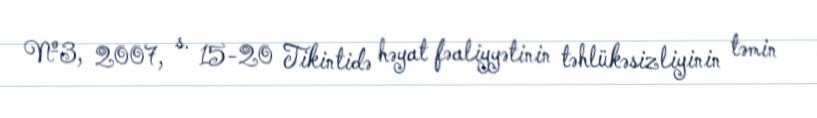
№3, 2007, s. 15-20 Tikintidə həyat fəaliyyətinin təhlükəsizliyinin təmin